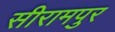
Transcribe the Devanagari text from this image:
सीरामपुर